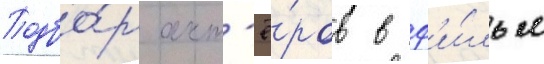
Подбо́р акт'ё́ров в ф'и́льм